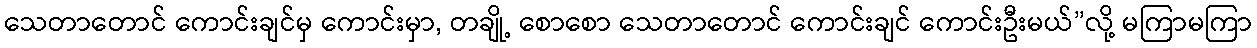
သေတာတောင် ကောင်းချင်မှ ကောင်းမှာ, တချို့ စောစော သေတာတောင် ကောင်းချင် ကောင်းဦးမယ်”လို့ မကြာမကြာ